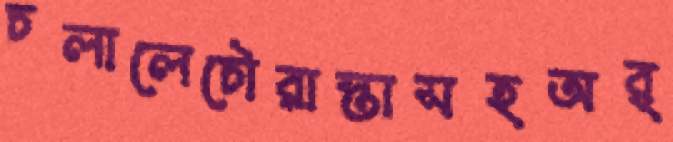
চলালেচৌরাস্তাসহঅর্